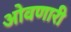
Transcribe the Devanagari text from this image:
ओवणारी